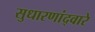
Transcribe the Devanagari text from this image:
सुधारणांद्वारे